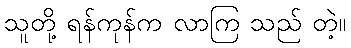
သူတို့ ရန်ကုန်က လာကြ သည် တဲ့။